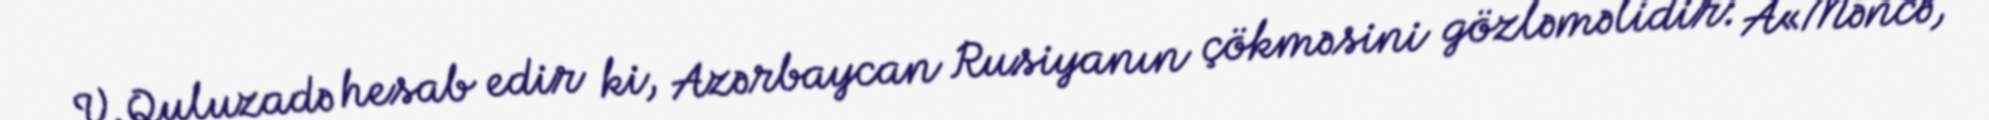
V.Quluzadə hesab edir ki, Azərbaycan Rusiyanın çökməsini gözləməlidir: Â«Məncə,